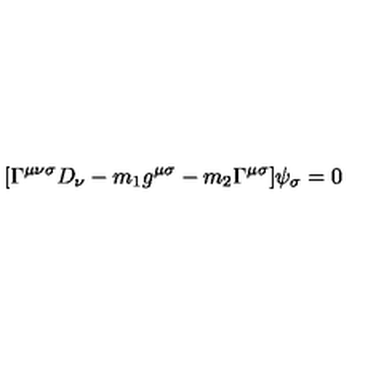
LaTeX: [ \Gamma ^ { \mu \nu \sigma } D _ { \nu } - m _ { 1 } g ^ { \mu \sigma } - m _ { 2 } \Gamma ^ { \mu \sigma } ] \psi _ { \sigma } = 0